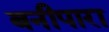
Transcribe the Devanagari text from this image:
बनीपारा